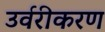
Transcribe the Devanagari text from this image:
उर्वरीकरण